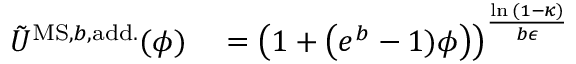
\begin{array} { r l } { \tilde { U } ^ { \mathrm { M S , } b \mathrm { , a d d . } } ( \phi ) } & { { } = \left( 1 + \left( e ^ { b } - 1 ) \phi \right) \right) ^ { \frac { \ln { ( 1 - \kappa ) } } { b \epsilon } } } \end{array}